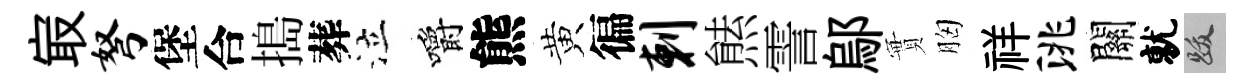
㝡弩堡合搗葬泣嚼熊黄徧剌㷱霅鄔實胸祥洮關就跋